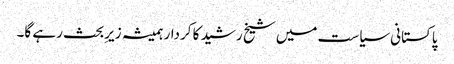
پاکستانی سیاست میں شیخ رشید کا کردار ہمیشہ زیرِبحث رہے گا۔